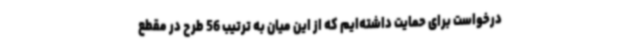
درخواست برای حمایت داشته‌ایم که از این میان به ترتیب 56 طرح در مقطع